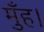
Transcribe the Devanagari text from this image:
मुँह।